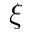
\xi